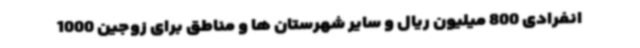
انفرادی 800 میلیون ریال و سایر شهرستان ها و مناطق برای زوجین 1000